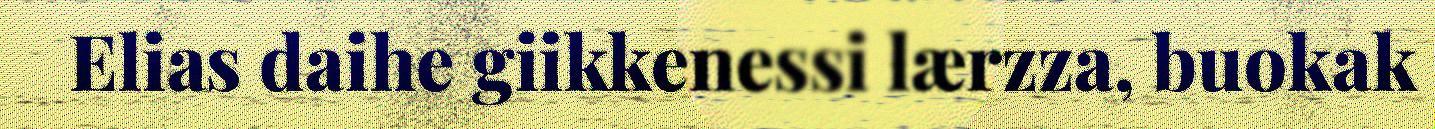
Elias daihe giikkenessi lærzza, buokak